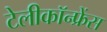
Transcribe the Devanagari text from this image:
टेलीकॉन्फ्रेंस